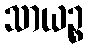
သာယဉ္စ